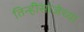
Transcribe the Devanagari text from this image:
तिन्हीसांजेच्या